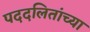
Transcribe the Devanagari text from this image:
पददलितांच्या